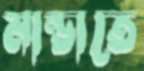
মান্ডাতে